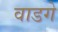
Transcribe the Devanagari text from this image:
वाडगे